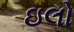
ઇલો